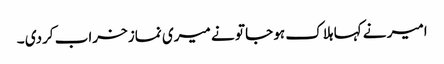
امیر نے کہا ہلاک ہو جا تو نے میری نماز خراب کردی ۔